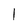
Character: l